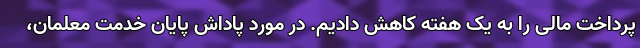
پرداخت مالی را به یک هفته کاهش دادیم. در مورد پاداش پایان خدمت معلمان،